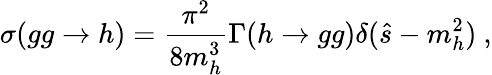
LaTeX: \sigma(gg\to h)=\frac{\pi^{2}}{8m_{h}^{3}}\Gamma(h\to gg)\delta(\hat{s}-m_{h}^{2})~,